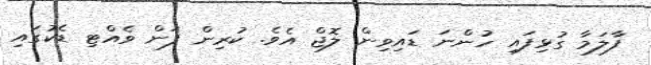
ފާލަމާ ގުޅިފައި ހުންނަ ޑައިވިން ލޮޖް އެވެ. ކުރިން ފަން ވެއްޓި ޑެކުގައި